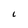
Character: L